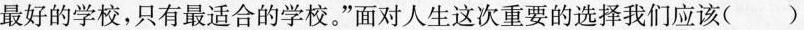
最好的学校，只有最适合的学校。”面对人生这次重要的选择我们应该( )